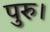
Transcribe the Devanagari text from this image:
पुरु।